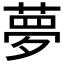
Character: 夢